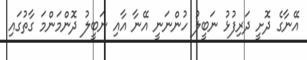
އޭނާގެ ދޮށީ ދަރިފުޅު ނަބީލު ހުންނަނީ އޭނާ އާއި ނަބީލު ދޮންމަންމަ ގާތުގައި